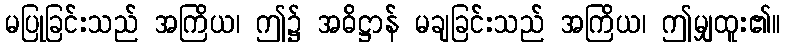
မပြုခြင်းသည် အကြိယ၊ ဤ၌ အဓိဋ္ဌာန် မချခြင်းသည် အကြိယ၊ ဤမျှထူး၏။